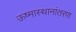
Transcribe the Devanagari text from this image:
ऊष्मास्थानांतरण